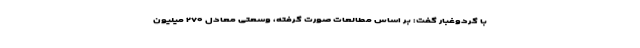
با گردوغبار گفت: بر اساس مطالعات صورت گرفته، وسعتی معادل ۲۷۰ میلیون